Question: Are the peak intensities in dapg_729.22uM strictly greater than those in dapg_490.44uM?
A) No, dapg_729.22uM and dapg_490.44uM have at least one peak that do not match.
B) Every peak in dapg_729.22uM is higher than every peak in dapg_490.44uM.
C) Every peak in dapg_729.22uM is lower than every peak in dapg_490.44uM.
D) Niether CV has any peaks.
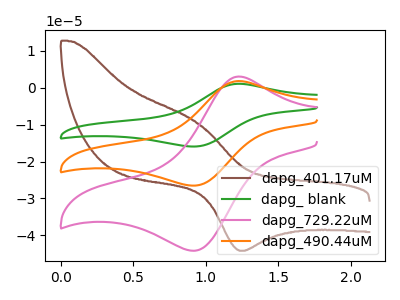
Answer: <think>The brown curve "dapg_401.17uM" has an anodic peak at (0.95V, -9.30uA) and a cathodic peak at (1.25V, -44.15uA). The green curve "dapg_ blank" has an anodic peak at (1.25V, 3.70uA) and a cathodic peak at (0.95V, -53.00uA). The pink curve "dapg_729.22uM" has an anodic peak at (1.25V, 3.05uA) and a cathodic peak at (0.95V, -44.15uA). The orange curve "dapg_490.44uM" has an anodic peak at (1.25V, 1.85uA) and a cathodic peak at (0.95V, -26.50uA).</think>
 <answer>B) Every peak in "dapg_729.22uM" is higher than every peak in "dapg_490.44uM".</answer>
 <eval>B</eval>